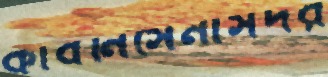
কাবনিসেনাসদর